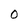
Character: O